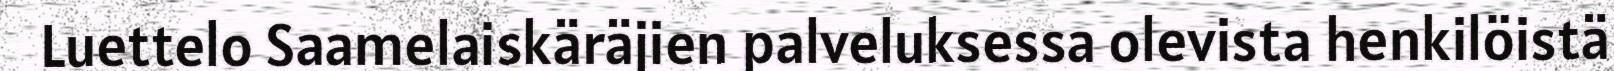
Luettelo Saamelaiskäräjien palveluksessa olevista henkilöistä